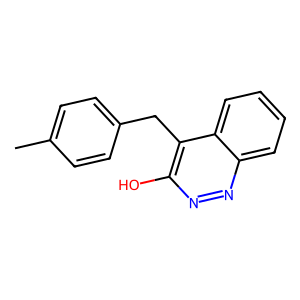
SMILES: Cc1ccc(Cc2c(O)nnc3ccccc23)cc1
Inhibits HIV replication: No